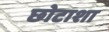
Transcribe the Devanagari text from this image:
छोटाशा